Newspaper: The Pacific commercial advertiser. [volume]
Place of publication: Honolulu, Hawaiian Islands
Publisher: [publisher not identified]
Date: 1890-03-31 00:00:00
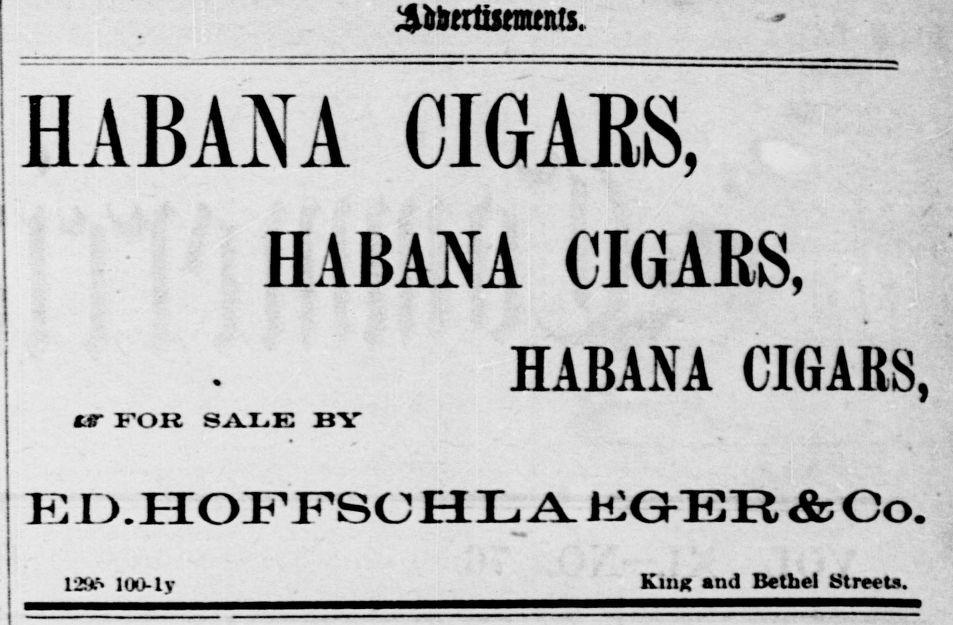
Advertisement text (OCR):
j HABAM CIGAES, IIABAiXA CIGARS, UT FOR SALE BY ED.HOFFSCHL A EQ-EE & Co. 12ftf 100-ly HABANA CIGAKS, King and Bethel Streets.
Label: text-only